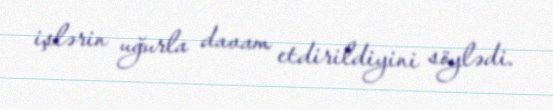
işlərin uğurla davam etdirildiyini söylədi.